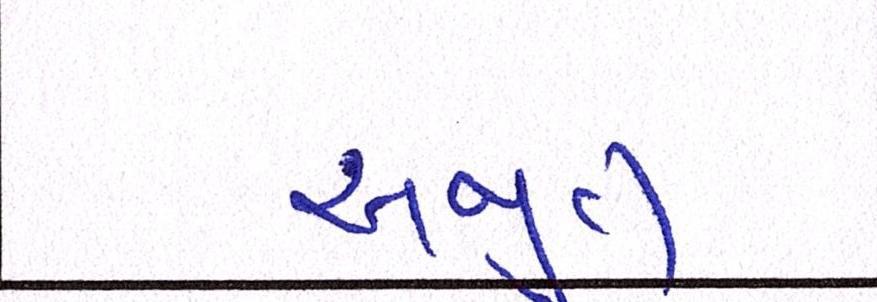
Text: અજીત